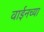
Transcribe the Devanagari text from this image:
वाईनच्या